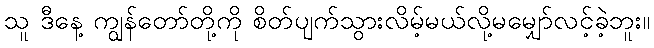
သူ ဒီနေ့ ကျွန်တော်တို့ကို စိတ်ပျက်သွားလိမ့်မယ်လို့မမျှော်လင့်ခဲ့ဘူး။